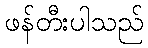
ဖန်တီးပါသည်